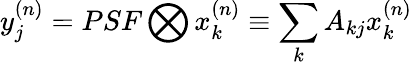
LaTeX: y_{j}^{(n)}=PSF\bigotimes x_{k}^{(n)}\equiv\sum_{k}A_{kj}x_{k}^{(n)}